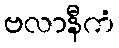
ဗလာနီကံ